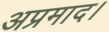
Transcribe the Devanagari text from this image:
अप्रमाद।